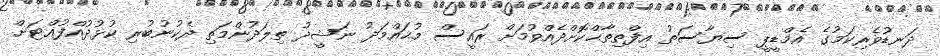
ދަނޑުވެރިކަމުގެ އެމްޑީޕީ ސިޔާސަތު އިފްތިތާޙްކޮށްދެއްވުމަށް ރައީސް މުޙައްމަދު ނަޝީދު ތިލަދުންމަތި ދެކުނުބުރި ކުޅުދުއްފުއްޓަށް